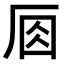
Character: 𠩛